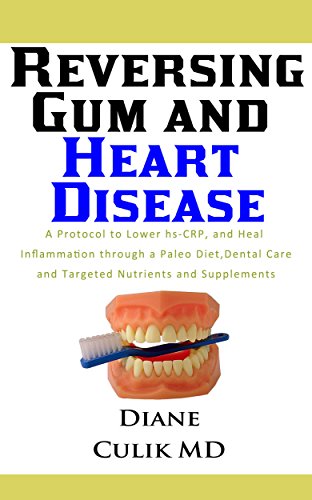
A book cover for Reversing Gum  And Heart Disease: A Protocol to Lower hs-CRP, and Heal Inflammation  Through a Paleo Diet, Dental Care, and Targeted  Nutrients and Supplements ... Simple Steps to Better Health Book 9); Diane Culik MD; Medical Books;